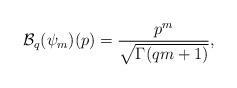
LaTeX: \begin{align*}\mathcal{B}_q(\psi_m)(p)=\displaystyle \frac{p^m}{\sqrt{\Gamma(q m+1)}},\end{align*}